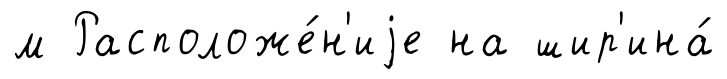
м Расположе́н'иjе на шир'ина́